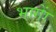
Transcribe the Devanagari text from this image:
भागाें